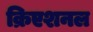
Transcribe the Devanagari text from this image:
क्रिएशनल